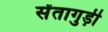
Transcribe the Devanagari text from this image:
सेंतागुड़ी